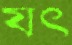
যৎ